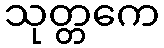
သုတ္တကေ